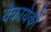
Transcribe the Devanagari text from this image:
येकायेकी